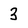
Character: 3